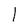
Character: 1